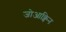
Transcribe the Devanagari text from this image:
जोआक्विन